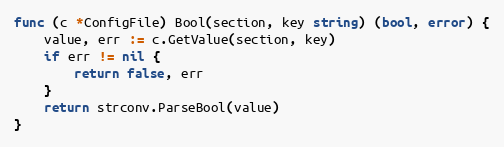
Language: Go
func (c *ConfigFile) Bool(section, key string) (bool, error) {
	value, err := c.GetValue(section, key)
	if err != nil {
		return false, err
	}
	return strconv.ParseBool(value)
}